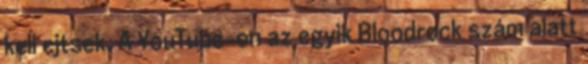
kell ejtsek. A YouTube-on az egyik Bloodrock szám alatt